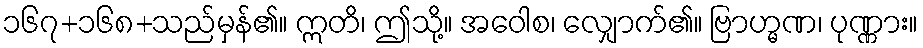
၁၆၇+၁၆၈+သည်မှန်၏။ ဣတိ၊ ဤသို့။ အဝေါစ၊ လျှောက်၏။ ဗြာဟ္မဏ၊ ပုဏ္ဏား။